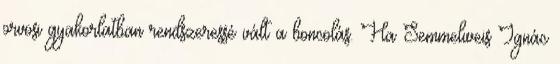
orvosi gyakorlatban rendszeressé vált a boncolás. Ha Semmelweis Ignác